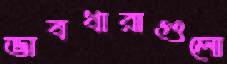
ভাবধারাগুলো